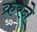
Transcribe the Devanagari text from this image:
क्ररने